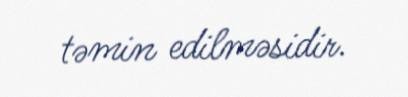
təmin edilməsidir.